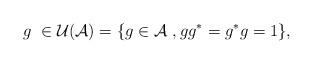
LaTeX: \begin{align*}g \,\,\in {\cal U}({\cal A})= \{g \in {\cal A} \,\,, gg^*=g^*g =1\},\end{align*}